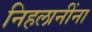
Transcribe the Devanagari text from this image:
निहलानींना